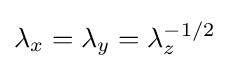
\lambda _{x}=\lambda _{y}=\lambda _{z}^{-1/2}